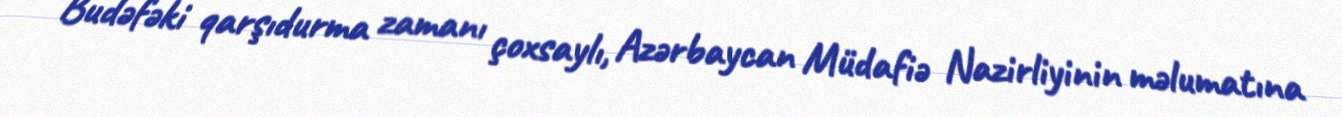
Budəfəki qarşıdurma zamanı çoxsaylı, Azərbaycan Müdafiə Nazirliyinin məlumatına